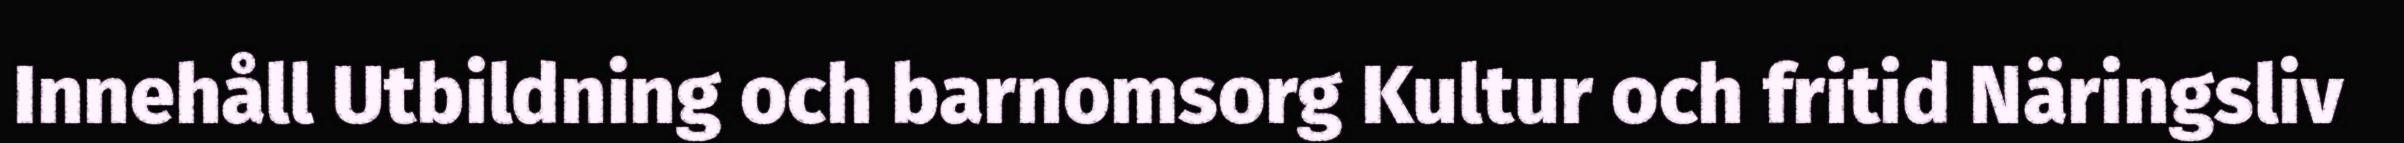
Innehåll Utbildning och barnomsorg Kultur och fritid Näringsliv